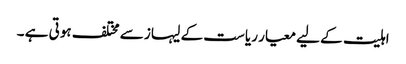
اہلیت کے لیے معیار ریاست کے لیہاز سے مختلف ہوتی ہے ۔